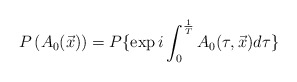
\begin{align*}P\left(A_0(\vec x)\right)=P\{\exp{i\int_0^{{1\over T}}A_0(\tau,\vec x)d\tau}\}\end{align*}